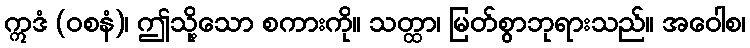
ဣဒံ (ဝစနံ)၊ ဤသို့သော စကားကို။ သတ္ထာ၊ မြတ်စွာဘုရားသည်။ အဝေါစ၊